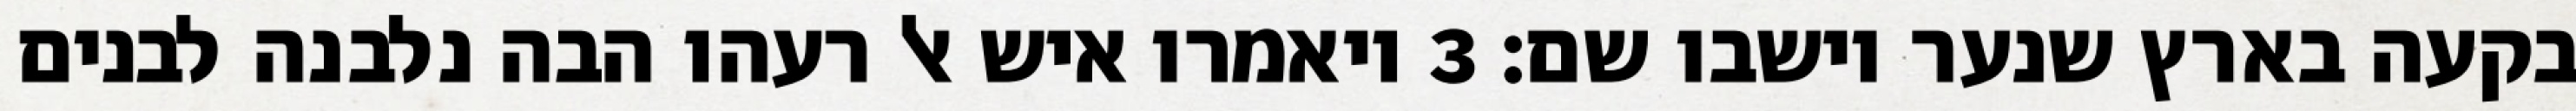
בקעה בארץ שנער וישבו שם׃ ‎3‏ ויאמרו איש אל רעהו הבה נלבנה לבנים